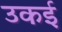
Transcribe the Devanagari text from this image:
उकई